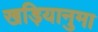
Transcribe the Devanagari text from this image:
खड़ियानुमा